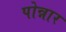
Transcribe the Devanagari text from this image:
पोन्नार